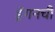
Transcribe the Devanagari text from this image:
ड्रॅगनची